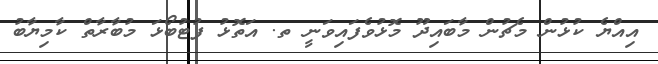
އިއްޔެ ކުޅުން މެޗުން މާބައިދޫ މޮޅުވެފައިވަނީ ތ. އަތޮޅު ފުޓުބޯޅަ މުބާރާތް ކާމިޔާބު